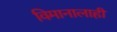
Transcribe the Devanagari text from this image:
विमानालाही